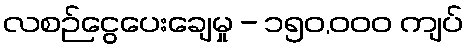
လစဉ်ငွေပေးချေမှု - ၁၅၀,၀၀၀ ကျပ်